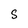
Character: S